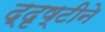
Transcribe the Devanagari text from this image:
द्दृष्टीने